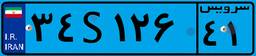
۷۳S۴۳۰۲۲